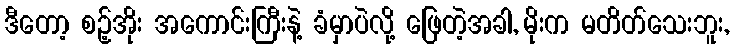
ဒီတော့ စဉ့်အိုး အကောင်းကြီးနဲ့ ခံမှာပဲလို့ ဖြေတဲ့အခါ, မိုးက မတိတ်သေးဘူး,